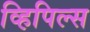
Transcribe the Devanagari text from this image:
व्हिपिल्स